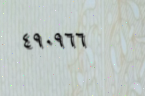
٤٩٠٩٦٦